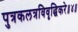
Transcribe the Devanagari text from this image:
पुत्रकलत्रविवृद्धिकरे॥४॥